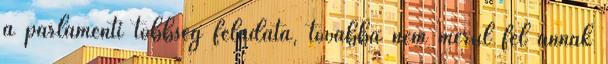
a parlamenti többség feladata, továbbá nem merül fel annak